Leaving Certificate Examination, 1912
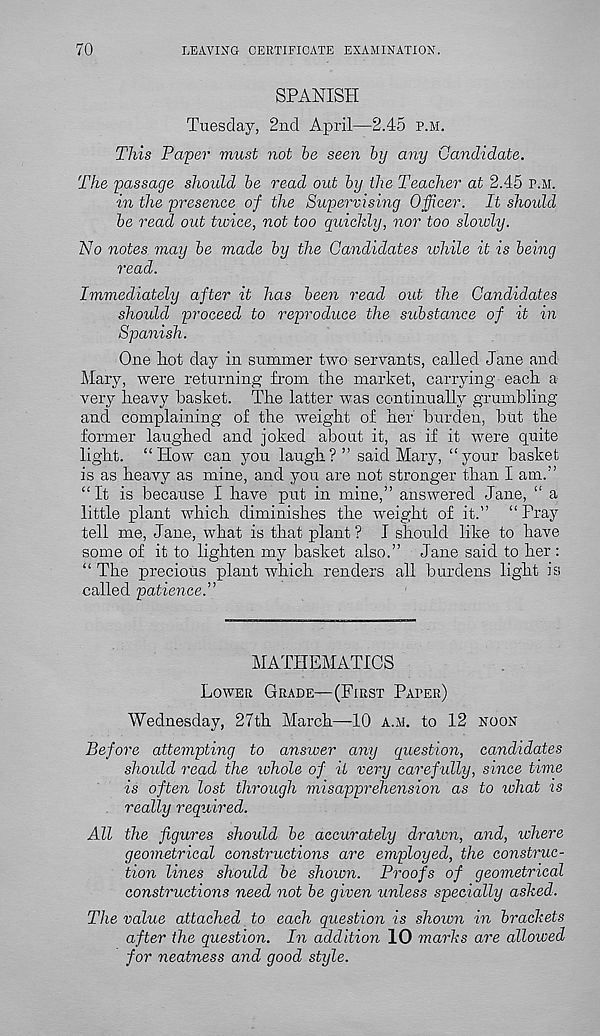
70
LEAVING CERTIFICATE EXAMINATION.
SPANISH
Tuesday, 2nd April—2.45 p.m.
This Paper must not be seen by any Candidate.
The passage should be read out by the Teacher at 2.45 p.m.
in the presence of the Supervising Officer. It should
be read out twice, not too quichly, nor too slowly.
No notes may be made by the Candidates while it is being
read.
Immediately after it has been read out the Candidates
should proceed to reproduce the substance of it in
Spanish.
One hot day in summer two servants, called Jane and
Mary, were returning from the market, carrying each a
very heavy basket. The latter was continually grumbling
and complaining of the weight of her burden, but the
former laughed and joked about it, as if it were quite
light. “How can you laugh? ” said Mary, “your basket
is as heavy as mine, and you are not stronger than I am.”
“ It is because I have put in mine,” answered Jane, “ a
little plant which diminishes the weight of it.” “ Pray
tell me, Jane, what is that plant? I should like to have
some of it to lighten my basket also.” Jane said to her :
“ The precious plant which renders all burdens light is
called patience.”
MATHEMATICS
Lower Grade—(First Paper)
Wednesday, 27th March—10 a.m. to 12 noon
Before attempting to answer any question, candidates
should read the whole of it very carefully, since time
is often lost through misapprehension as to lohat 2S
really required.
All the figures shoidd be accurately dralon, and, where
geometrical constructions are employed, the construc-
tion lines should be shown. Proofs of geometrical
constructions need not be given unless specially asked.
The value attached to each question is shown in brackets
after the question. In addition 10 marks are allowed
for neatness and good style.